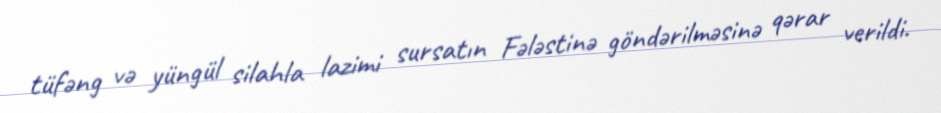
tüfəng və yüngül silahla lazimi sursatın Fələstinə göndərilməsinə qərar verildi.